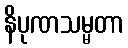
နိပုဏသမ္မတာ